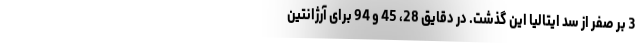
3 بر صفر از سد ایتالیا این گذشت. در دقایق 28، 45 و 94 برای آرژانتین